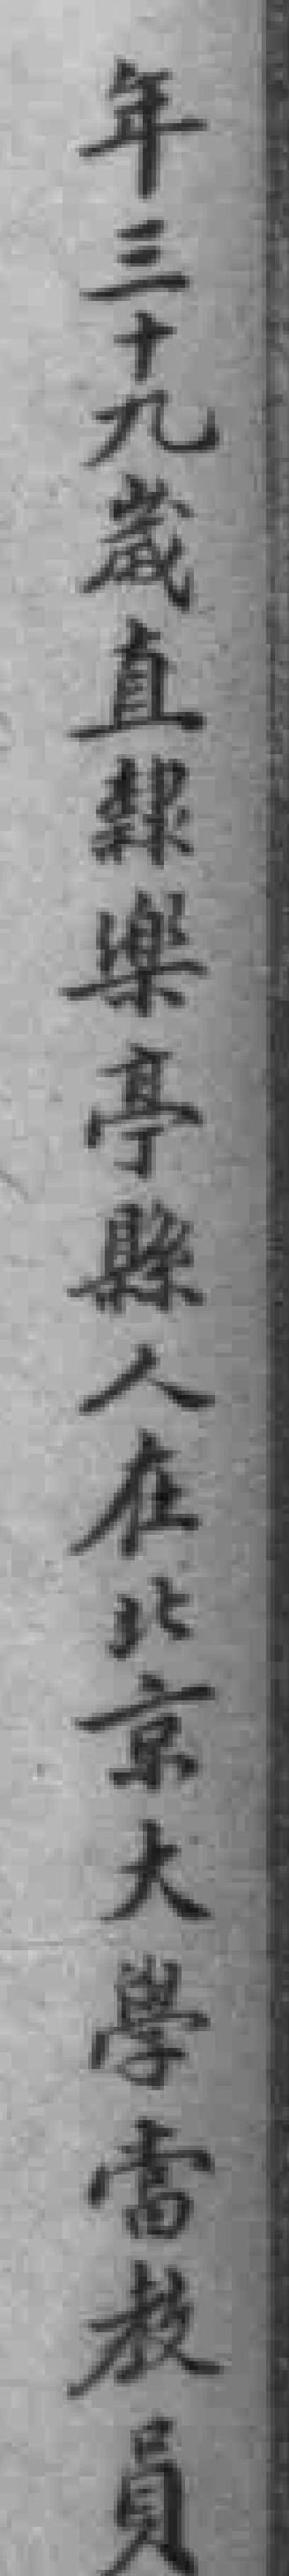
年三十九歲直隸樂亭縣人在北京大學當教員